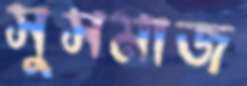
সুসমাজ